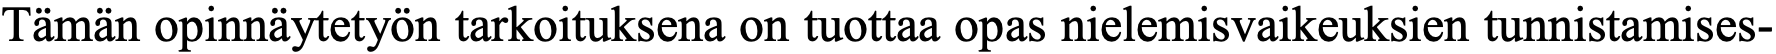
Tämän opinnäytetyön tarkoituksena on tuottaa opas nielemisvaikeuksien tunnistamises-